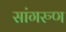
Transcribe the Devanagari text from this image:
सांगरुण